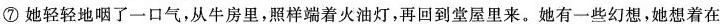
⑦她轻轻地咽了一口气，从牛房里照样端着火油灯，再回到堂屋里来。她有一些幻想，她想着在